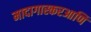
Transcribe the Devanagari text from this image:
मादागास्करआणि